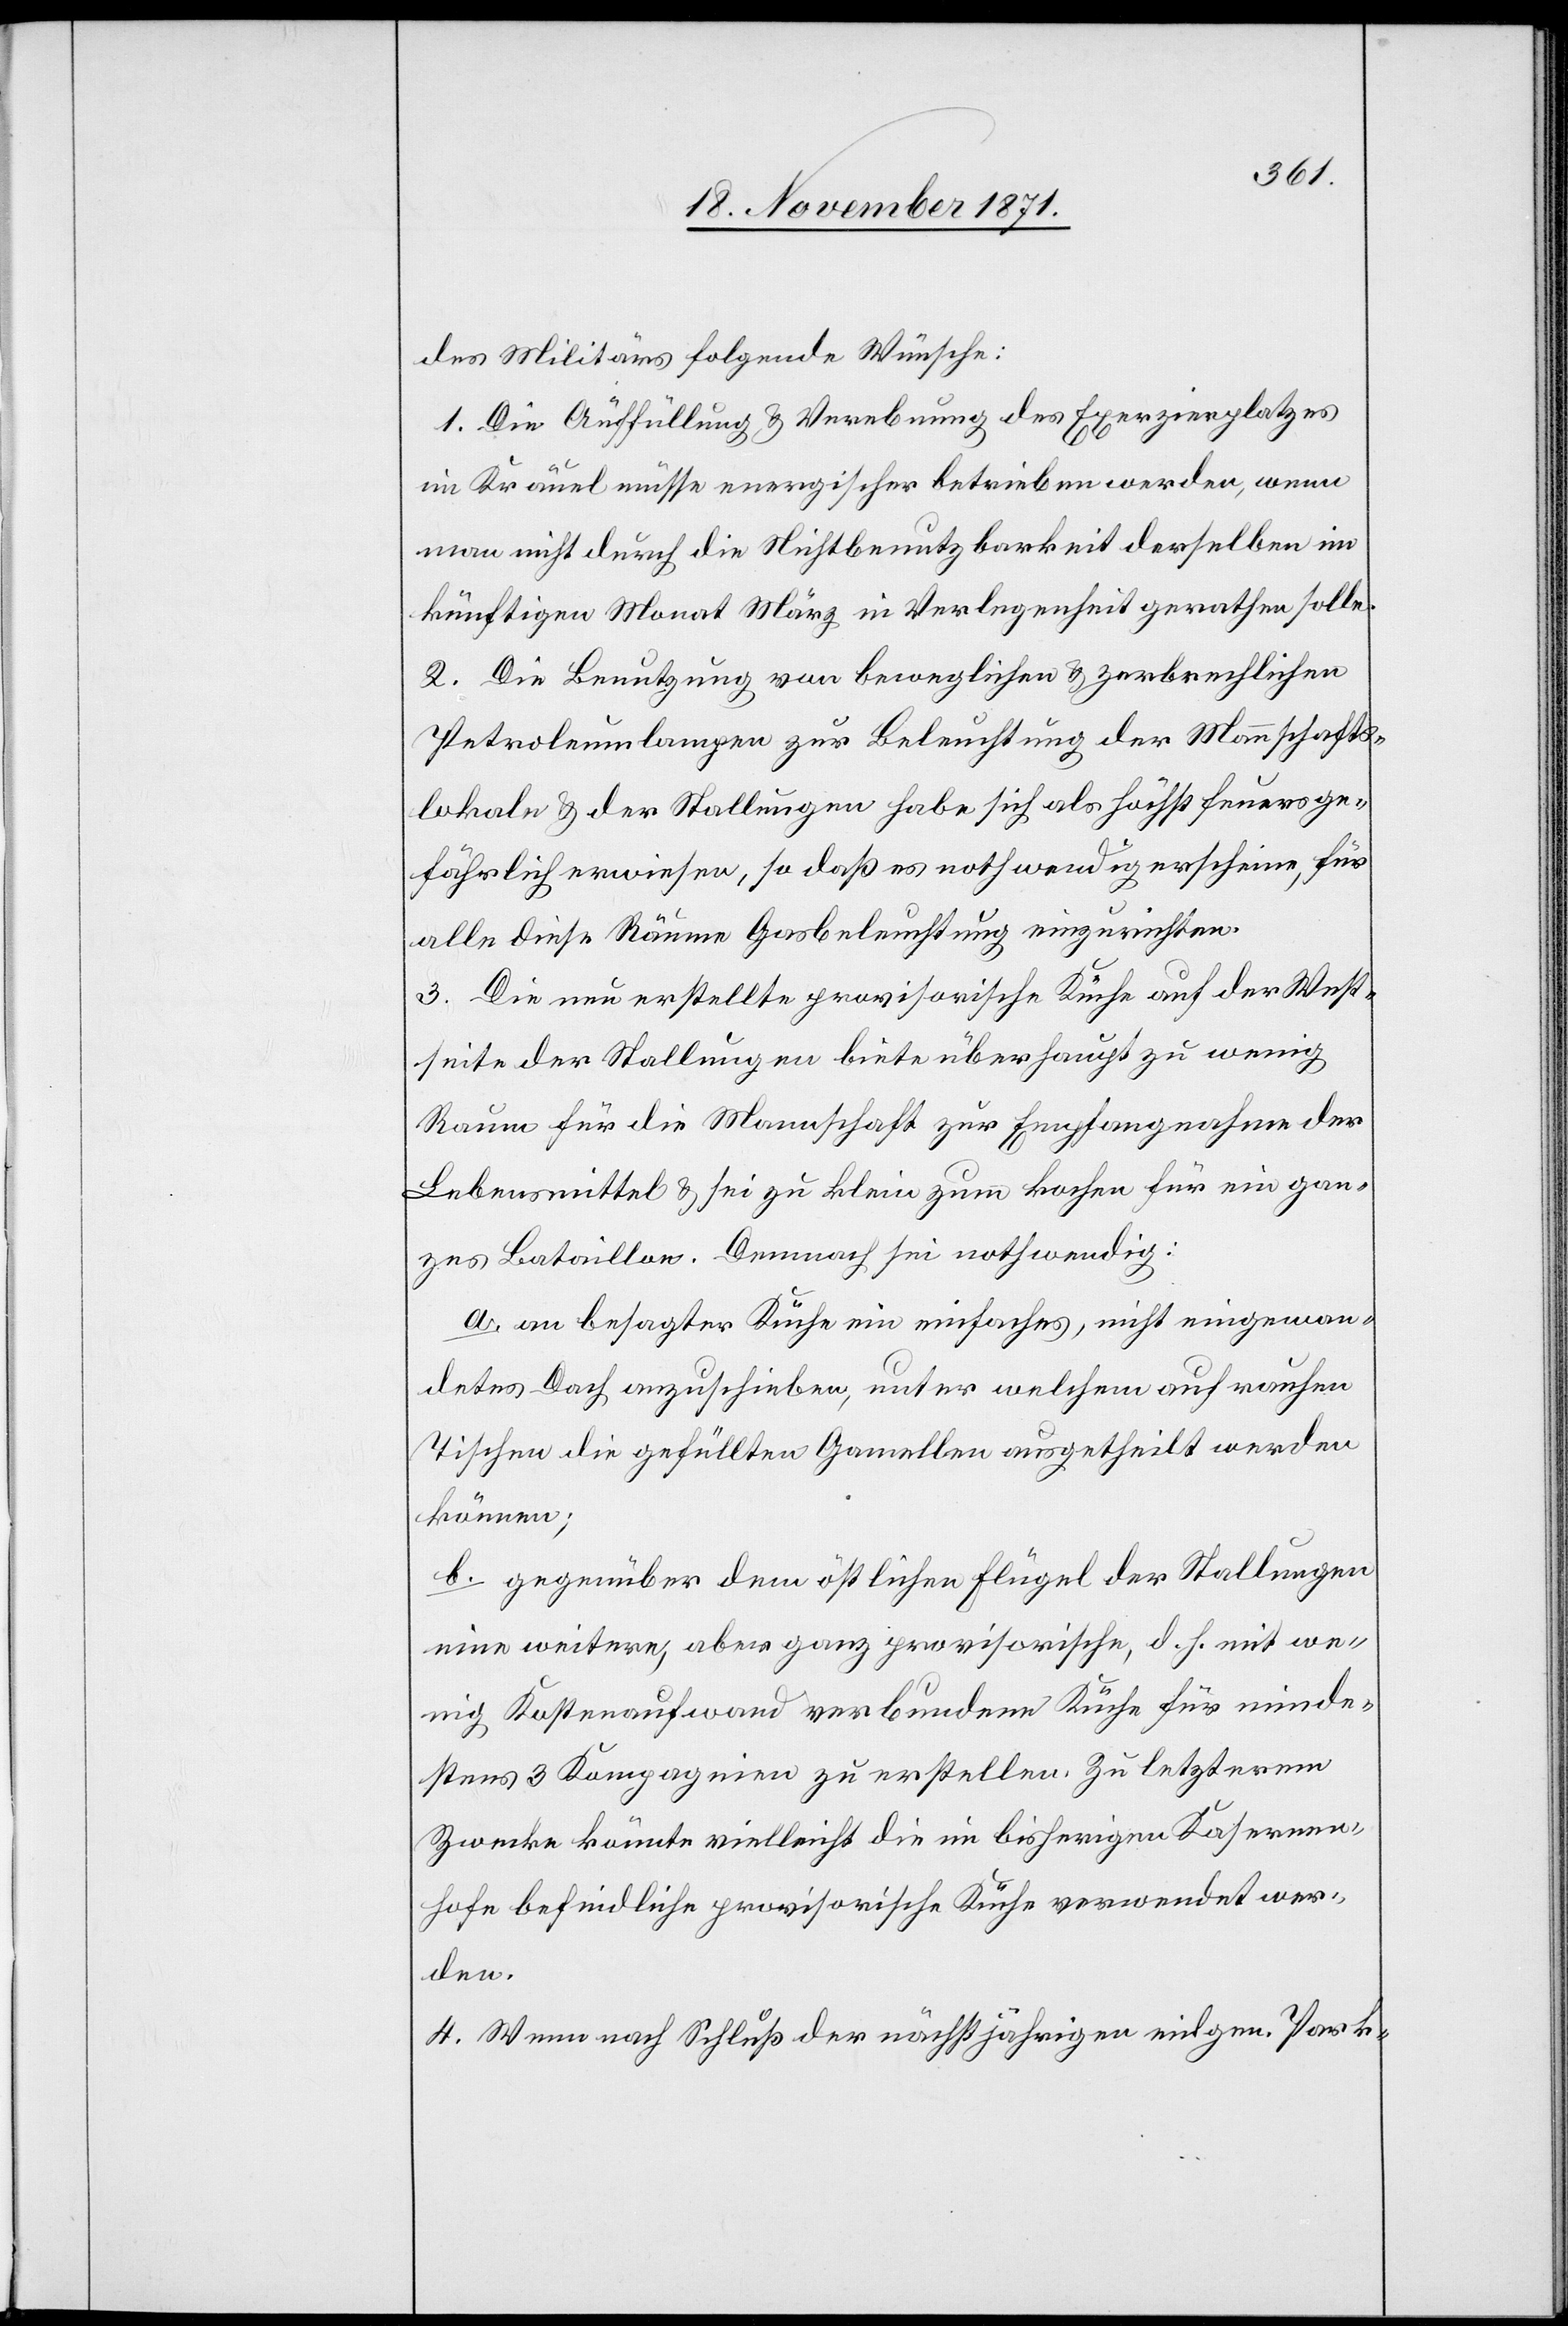
des Militärs folgende Wünsche:
1. Die Auffüllung & Verebnung des Exerzirplatzes
im Kräuel müsse energischer betrieben werden, wenn
man nicht durch die Nichtbenutzbarkeit derselben im
künftigen Monat März in Verlegenheit gerathen solle.
2. Die Benutzung von beweglichen & zerbrechlichen
Petroleumlampen zur Beleuchtung der Mannschafts¬
lokale & der Stallungen habe sich als höchst feuerge¬
fährlich erwiesen, so daß es nothwenig erscheine, für
alle diese Räume Gasbeleuchtung einzurichten.
3. Die neu erstellte provisorische Küche auf der West¬
seite der Stallungen biete überhaupt zu wenig
Raum für die Mannschaft zur Empfangnahme der
Lebensmittel & sei zu klein zum kochen für ein gan¬
zes Bataillon. Demnach sei nothwendig:
a. an besagter Küche ein einfaches, nicht eingewan¬
detes Dach anzuschieben, unter welchem auf rauhen
Tischen die gefüllten Gamellen ausgetheilt werden
können;
b. gegenüber dem östlichen Flügel der Stallungen
eine weitere, aber ganz provisorische, d. h. mit we¬
nig Kostenaufwand verbundene Küche für minde¬
stens 3 Kompagnien zu erstellen. Zu letzterem
Zwecke könnte vielleicht die im bisherigen Kasernen¬
hofe befindliche provisorische Küche verwendet wer¬
den.
4. Wenn nach Schluß der nächstjährigen eidgen. Park-